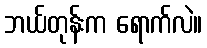
ဘယ်တုန်းက ရောက်လဲ။